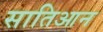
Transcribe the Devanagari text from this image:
सातिआन